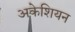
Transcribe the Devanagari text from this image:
अकेशियन